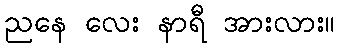
ညနေ လေး နာရီ အားလား။